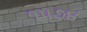
૧૫૭૪